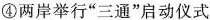
④两岸举行“三通”启动仪式